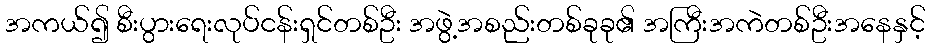
အကယ်၍ စီးပွားရေးလုပ်ငန်းရှင်တစ်ဦး အဖွဲ့အစည်းတစ်ခုခု၏ အကြီးအကဲတစ်ဦးအနေနှင့်